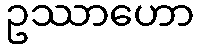
ဥဿာဟော